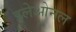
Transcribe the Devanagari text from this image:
इलेओनल